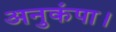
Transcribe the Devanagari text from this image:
अनुकंपा।